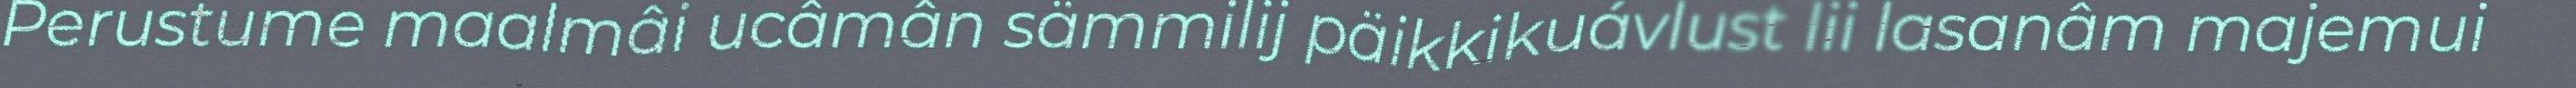
Perustume maalmâi ucâmân sämmilij päikkikuávlust lii lasanâm majemui